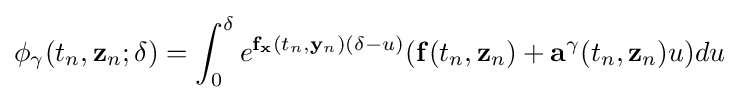
\mathbf {\phi } _{\mathbb {\gamma } }(t_{n},\mathbf {z} _{n};\delta )=\int _{0}^{\delta }e^{\mathbf {f} _{\mathbf {x} }(t_{n},\mathbf {y} _{n})(\delta -u)}(\mathbf {f(} t_{n},\mathbf {z} _{n})+\mathbf {a} ^{\mathbb {\gamma } }(t_{n},\mathbf {z} _{n})u)du